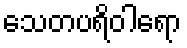
သေတပရိဝါရော